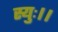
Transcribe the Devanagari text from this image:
स्युः।।